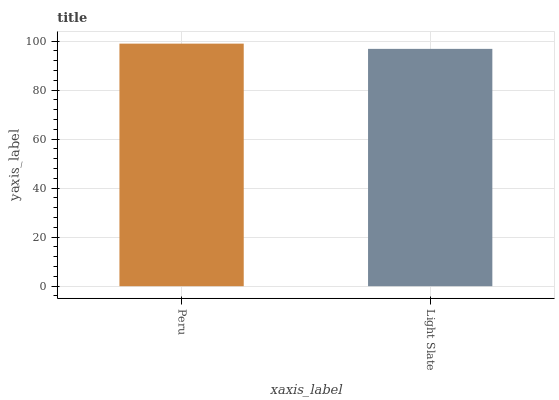
| xaxis_label | bars |
 | --- | --- |
 | Peru | 99 |
 | Light Slate | 96.9 |